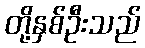
တို့နှစ်ဦးသည်